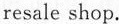
resale shop.